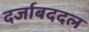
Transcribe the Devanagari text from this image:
दर्जाबददल